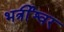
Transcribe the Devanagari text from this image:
भर्त्रीश्वर